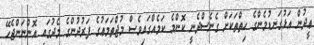
ޢީދުން އަޅުގަނޑުމެންގެ ހިތްތަކަށް ގެނެސްދެނީ ކޮންމެ ކަމެއްގައިވެސް މުޖްތަމަޢުގެ ފަރުދުންގެ މެދުގައި އޮންނަންޖެހޭ